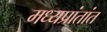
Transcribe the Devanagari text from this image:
मध्यप्रांतांत